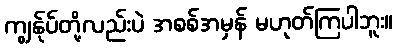
ကျွန်ုပ်တို့လည်းပဲ အစစ်အမှန် မဟုတ်ကြပါဘူး။